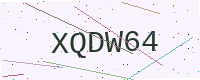
Text: XQDW64